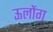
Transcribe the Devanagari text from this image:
ऊलोंग